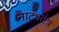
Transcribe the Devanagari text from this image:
नाट्यतंत्र